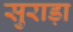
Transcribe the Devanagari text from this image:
सुराड़ा